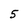
Character: 5